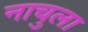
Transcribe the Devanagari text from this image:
नाचुला